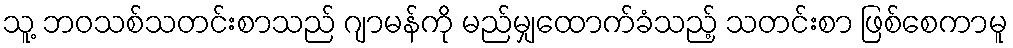
သူ့ ဘဝသစ်သတင်းစာသည် ဂျာမန်ကို မည်မျှထောက်ခံသည့် သတင်းစာ ဖြစ်စေကာမူ